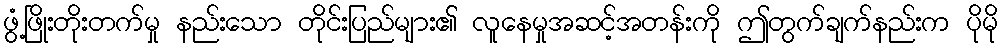
ဖွံ့ဖြိုးတိုးတက်မှု နည်းသော တိုင်းပြည်များ၏ လူနေမှုအဆင့်အတန်းကို ဤတွက်ချက်နည်းက ပိုမို